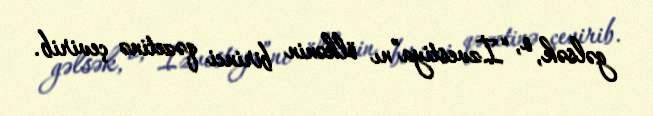
gəlsək, o, “İzvestiya”nı ölkənin birinci qəzetinə çevirib.